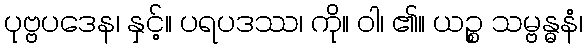
ပုဗ္ဗပဒေန၊ နှင့်။ ပရပဒဿ၊ ကို။ ဝါ၊ ၏။ ယဉ္စ သမ္ဗန္ဓနံ၊